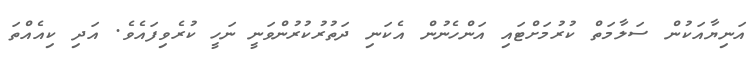
އަނިޔާއަކުން ސަލާމަތް ކުރުމަށްޓައި އަންހެނުން އެކަނި ދަތުރުކުރުންވަނީ ނަހީ ކުރެވިފައެވެ. އަދި ކިއެއްތަ